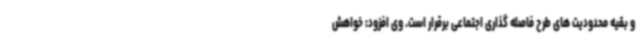
و بقیه محدودیت های طرح فاصله گذاری اجتماعی برقرار است. وی افزود: خواهش